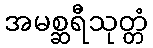
အမစ္ဆရီသုတ္တံ